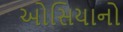
ઓસિયાનો